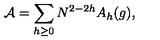
{ \cal A } = \sum _ { h \geq 0 } N ^ { 2 - 2 h } A _ { h } ( g ) ,